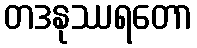
တဒနုဿရတော